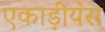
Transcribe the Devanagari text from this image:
एकाड़ीयंस